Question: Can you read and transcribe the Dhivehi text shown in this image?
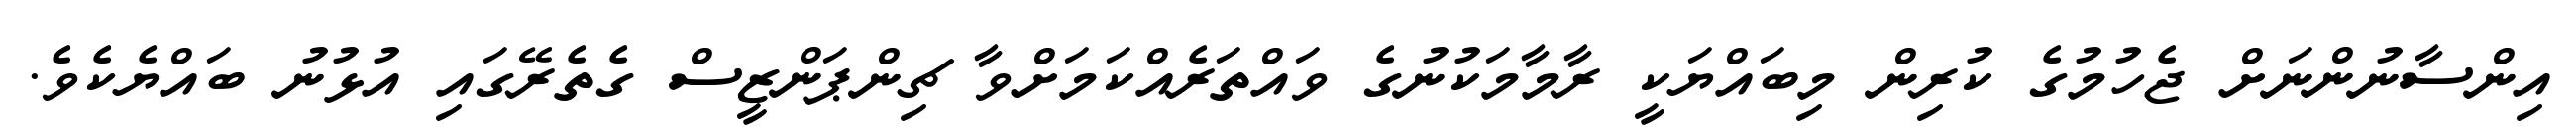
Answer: އިންސާނުންނަށް ޖެހުމުގެ ކުރިން މިބައްޔަކީ ރާމާމަކުނުގެ ވައްތަރެއްކަމަށްވާ ޗިންޕަންޒީސް ގެތެރޭގައި އުޅުނު ބައްޔެކެވެ.